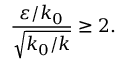
\frac { \varepsilon / k _ { 0 } } { \sqrt { k _ { 0 } / k } } \ge 2 .